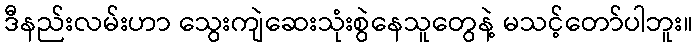
ဒီနည်းလမ်းဟာ သွေးကျဲဆေးသုံးစွဲနေသူတွေနဲ့ မသင့်တော်ပါဘူး။